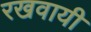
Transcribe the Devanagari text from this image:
रखवायी